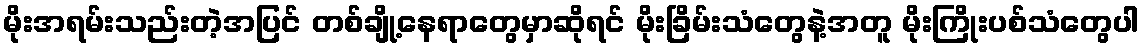
မိုးအရမ်းသည်းတဲ့အပြင် တစ်ချို့နေရာတွေမှာဆိုရင် မိုးခြိမ်းသံတွေနဲ့အတူ မိုးကြိုးပစ်သံတွေပါ